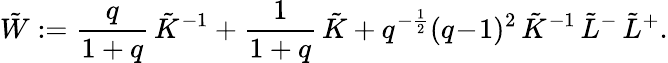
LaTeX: \tilde{W}:=\frac q{1+q}\, \tilde{K}^{-1}+\frac 1{1+q}\, \tilde{K}+q^{-\frac 12}(q\! -\! 1)^{2}\, \tilde{K}^{-1}\, \tilde{L}^{-}\, \tilde{L}^{+}.